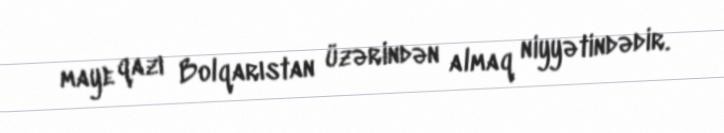
maye qazı Bolqarıstan üzərindən almaq niyyətindədir.